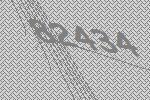
82434